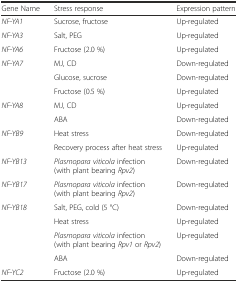
<table><thead><tr><td><b>Gene Name</b></td><td><b>Stress response</b></td><td><b>Expression pattern</b></td></tr></thead><tbody><tr><td><i>NF-YA1</i></td><td>Sucrose, fructose</td><td>Up-regulated</td></tr><tr><td><i>NF-YA3</i></td><td>Salt, PEG</td><td>Up-regulated</td></tr><tr><td><i>NF-YA6</i></td><td>Fructose (2.0 %)</td><td>Up-regulated</td></tr><tr><td rowspan="3"><i>NF-YA7</i></td><td>MJ, CD</td><td>Down-regulated</td></tr><tr><td>Glucose, sucrose</td><td>Down-regulated</td></tr><tr><td>Fructose (0.5 %)</td><td>Up-regulated</td></tr><tr><td rowspan="2"><i>NF-YA8</i></td><td>MJ, CD</td><td>Up-regulated</td></tr><tr><td>ABA</td><td>Down-regulated</td></tr><tr><td rowspan="2"><i>NF-YB9</i></td><td>Heat stress</td><td>Down-regulated</td></tr><tr><td>Recovery process after heat stress</td><td>Up-regulated</td></tr><tr><td><i>NF-YB13</i></td><td><i>Plasmopara viticola</i> infection (with plant bearing <i>Rpv2</i>)</td><td>Down-regulated</td></tr><tr><td><i>NF-YB17</i></td><td><i>Plasmopara viticola</i> infection (with plant bearing <i>Rpv2</i>)</td><td>Down-regulated</td></tr><tr><td rowspan="4"><i>NF-YB18</i></td><td>Salt, PEG, cold (5 °C)</td><td>Down-regulated</td></tr><tr><td>Heat stress</td><td>Up-regulated</td></tr><tr><td><i>Plasmopara viticola</i> infection (with plant bearing <i>Rpv1</i> or <i>Rpv2</i>)</td><td>Up-regulated</td></tr><tr><td>ABA</td><td>Down-regulated</td></tr><tr><td><i>NF-YC2</i></td><td>Fructose (2.0 %)</td><td>Up-regulated</td></tr></tbody></table>